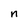
Character: n